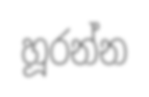
හූරන්න